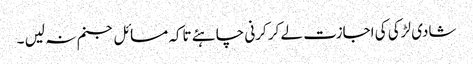
شادی لڑکی کی اجازت لے کر کرنی چاہئے تاکہ مسائل جنم نہ لیں ۔